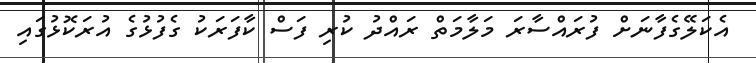
އެކަލޭގެފާނަށް ފުރައްސާރަ މަލާމަތް ރައްދު ކުރި ފަސް ކާފަރަކު ގެފުޅުގެ އުރަކޮޅުގައި